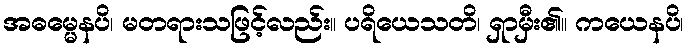
အဓမ္မေနပိ၊ မတရားသဖြင့်လည်း။ ပရိယေသတိ၊ ရှာမှီး၏။ ကယေနပိ၊